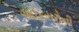
ઓફિસરોની